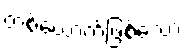
တစ်ယောက်ဖြစ်သော